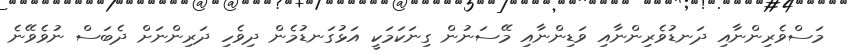
މަސްވެރިންނާއި ދަނޑުވެރިންނާއި ވަޑިންނާއި މޭސަނުން ގިނަކަމަކީ އަޅުގަނޑުމެން ދިވެހި ދަރިންނަށް ދެބަސް ނުވެވޭނެ